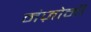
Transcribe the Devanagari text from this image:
मंज़ोनी